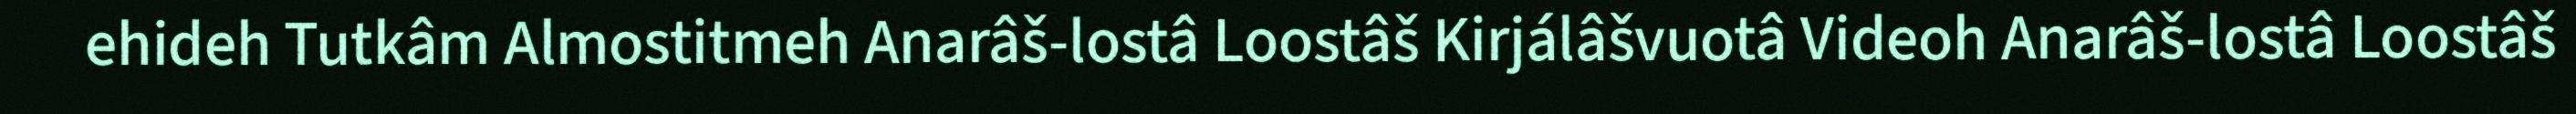
ehideh Tutkâm Almostitmeh Anarâš-lostâ Loostâš Kirjálâšvuotâ Videoh Anarâš-lostâ Loostâš